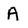
Character: A